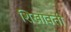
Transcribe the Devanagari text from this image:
शिखावती